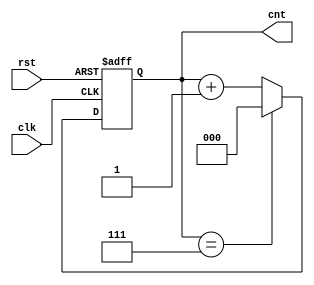
module modulus_counter #(
    parameter N = 8 // Default modulus value, can be changed as needed
)(
    input wire clk,      // Clock input
    input wire rst,      // Asynchronous reset (active high)
    output reg [$clog2(N)-1:0] cnt // Current count output
);

    // Always block triggered on the rising edge of the clock or on reset
    always @(posedge clk or posedge rst) begin
        if (rst) begin
            cnt <= 0; // Reset the count to 0
        end else begin
            if (cnt == N-1) begin
                cnt <= 0; // Wrap around to 0 after reaching N-1
            end else begin
                cnt <= cnt + 1; // Increment the count
            end
        end
    end

endmodule